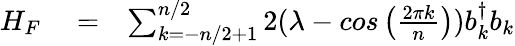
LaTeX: \begin{array}{rlr}{H_{F}}&{{}=}&{\sum_{k=-n/2+1}^{n/2}2(\lambda-cos\left(\frac{2\pi k}{n}\right))b_{k}^{\dagger}b_{k}}\end{array}